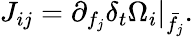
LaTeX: J_{ij}=\partial_{f_{j}}\delta_{t}\Omega_{i}\rvert_{\bar{f}_{j}}.